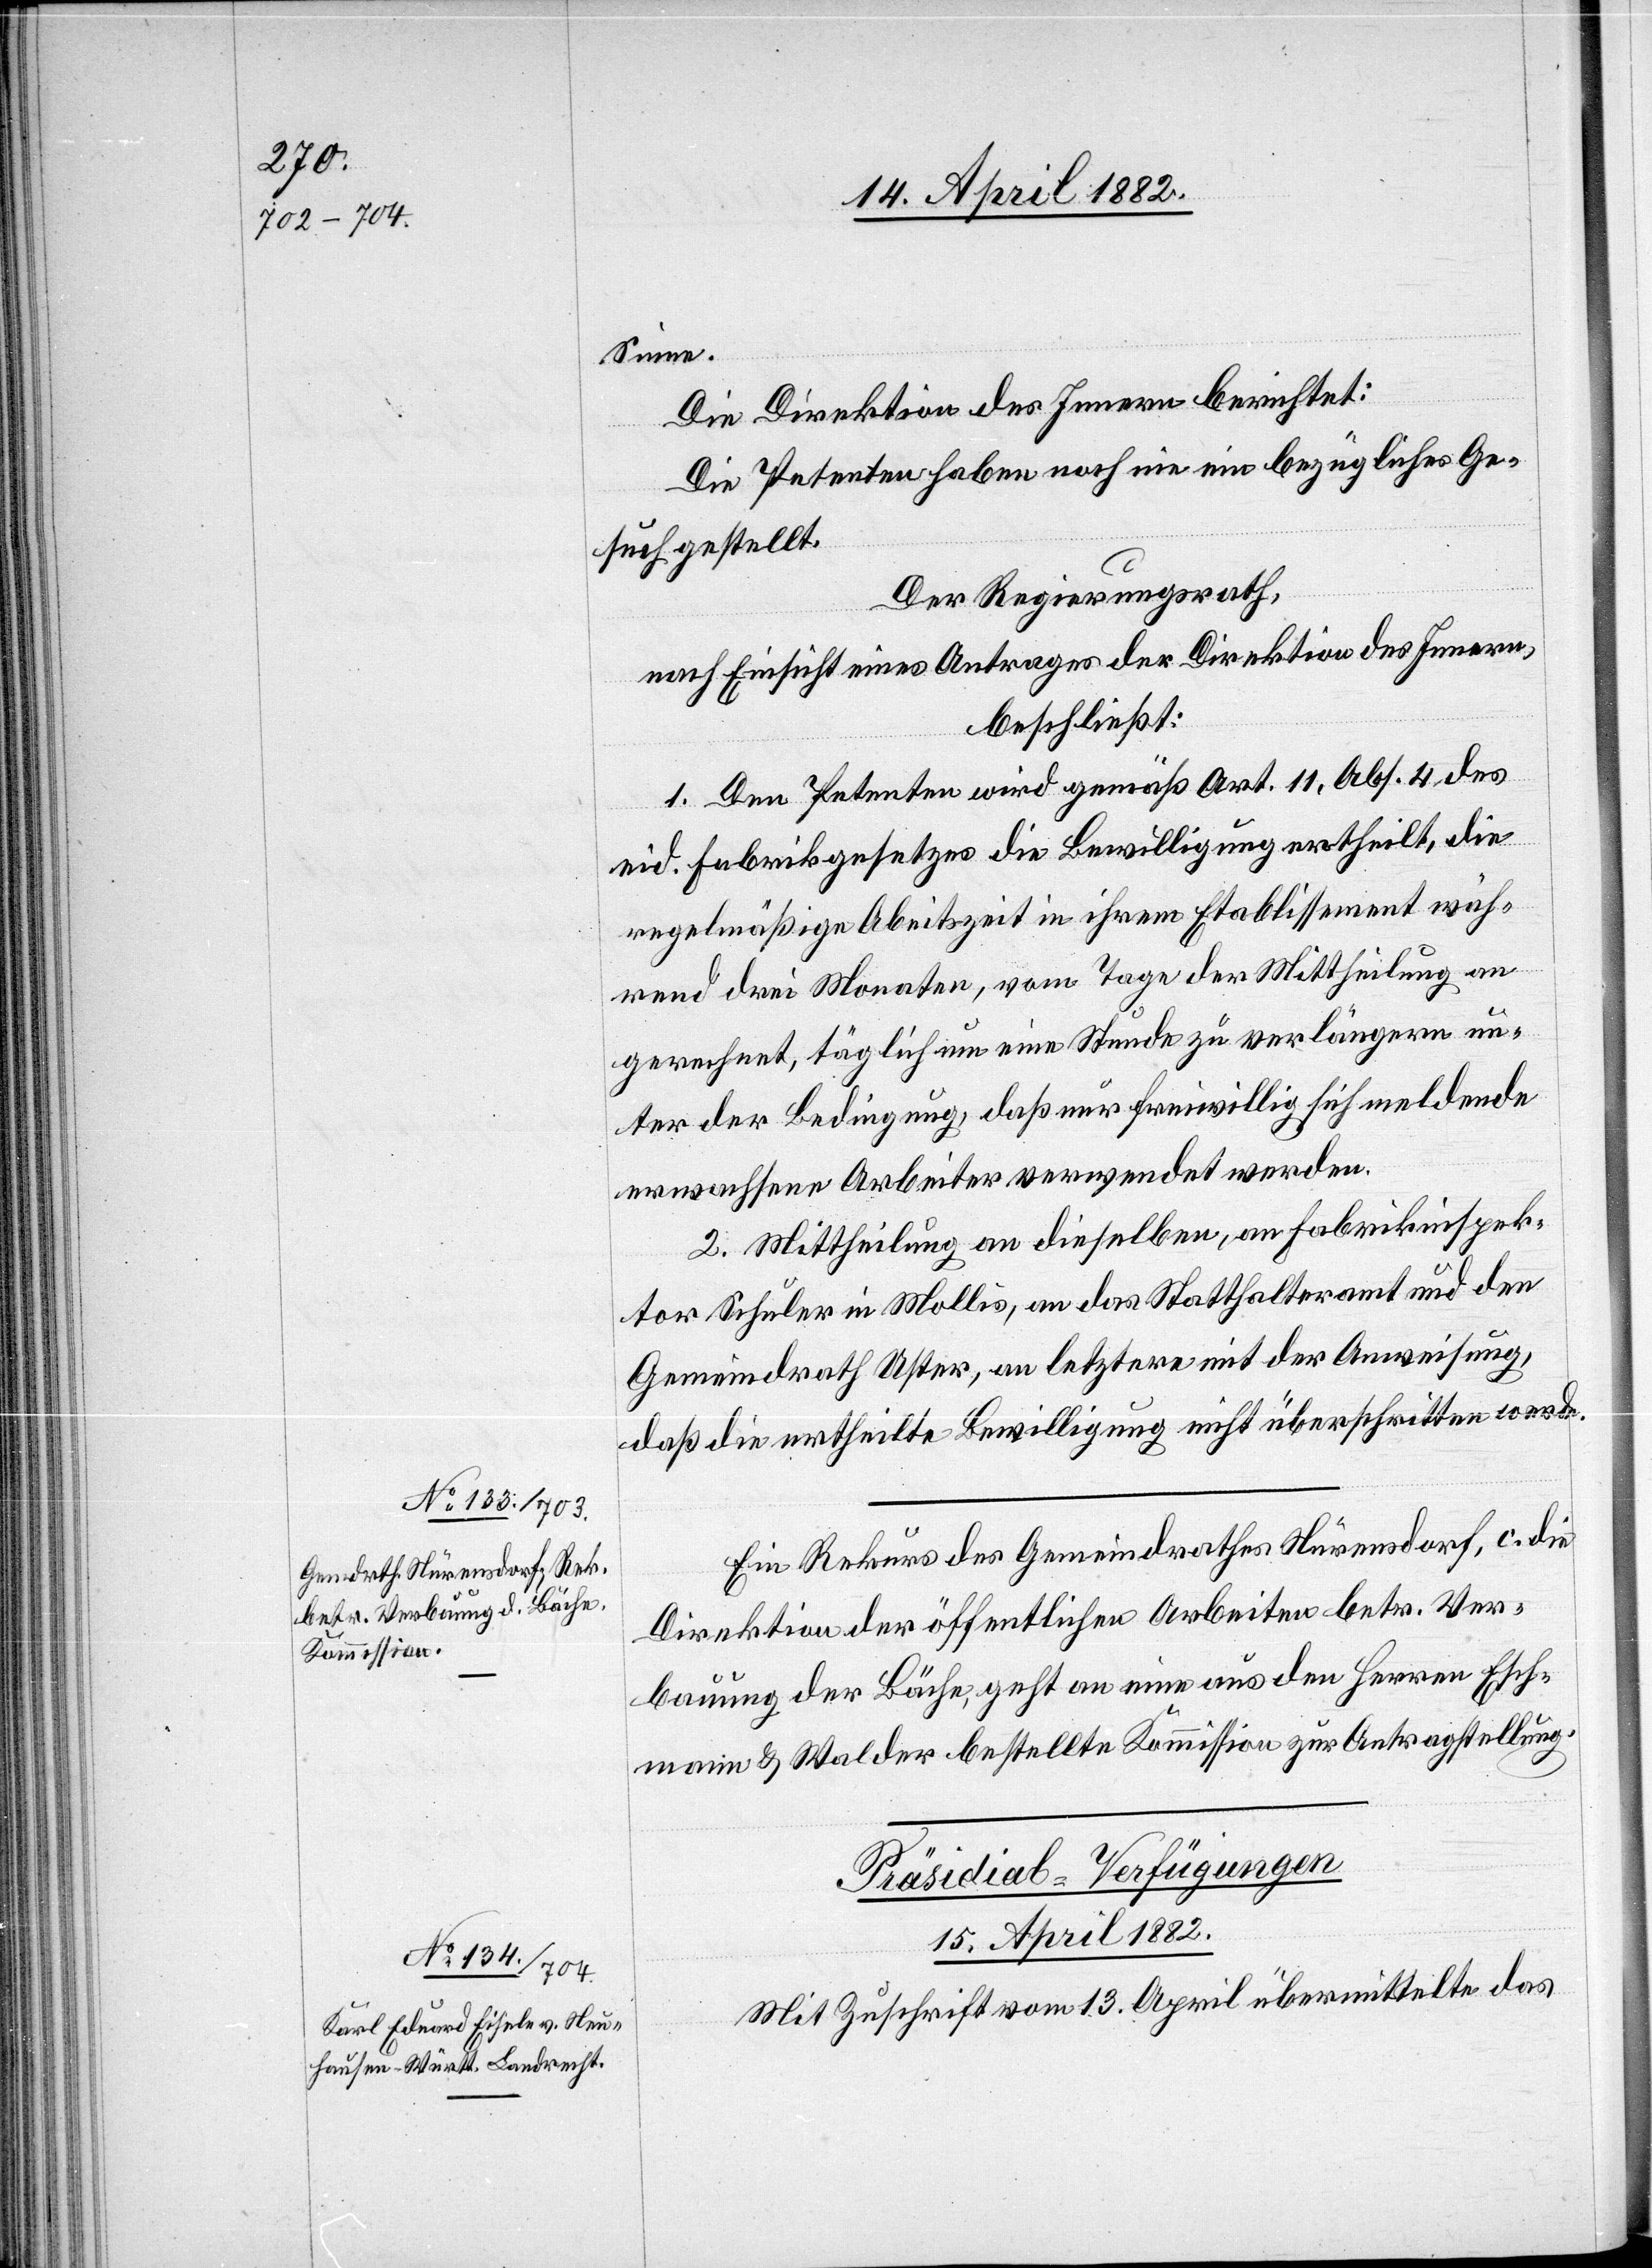
Sinne.
Die Direktion des Innern berichtet:
Die Petenten haben noch nie ein bezügliches Ge¬
such gestellt.
Der Regierungsrath,
nach Einsicht eines Antrages der Direktion des Innern,
beschließt:
1. Den Petenten wird gemäß Art. 11, Abs. 4 des
eid. Fabrikgesetzes die Bewilligung ertheilt, die
regelmäßige A[r]beitszeit in ihrem Etablissement wäh¬
rend drei Monaten, vom Tage der Mittheilung an
gerechnet, täglich um eine Stunde zu verlängern un¬
ter der Bedingung, daß nur freiwillig sich meldende
erwachsene Arbeiter verwendet werden.
2. Mittheilung an dieselben, an Fabrikinspek¬
tor Schuler in Mollis, an das Statthalteramt und den
Gemeindrath Uster, an letztere mit der Anweisung,
daß die ertheilte Bewilligung nicht überschritten werde.
Ein Rekurs des Gemeindrathes Nürensdorf, c. die
Direktion der öffentlichen Arbeiten betr. Ver¬
bauung der Bäche, geht an eine aus den Herren Esch¬
mann & Walder bestellte Kommission zur Antragstellung.
Präsidial-Verfügungen
15. April 1882.
Mit Zuschrift vom 13. April übermittelte das